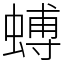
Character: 䗚